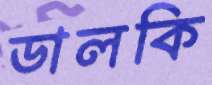
ডালকি